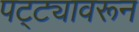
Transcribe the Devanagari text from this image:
पट्ट्यावरून